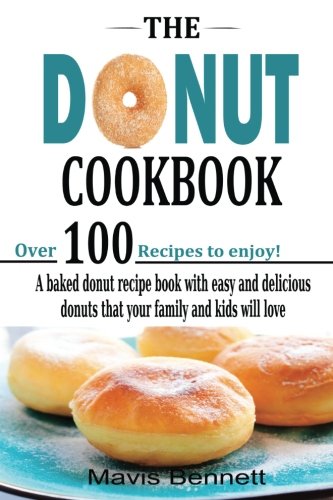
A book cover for The Donut Cookbook: A Baked Donut Recipe Book with Easy and Delicious Donuts that your Family and Kids Will Love; Mavis Bennett; Cookbooks, Food & Wine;